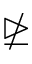
\ntrianglerighteq